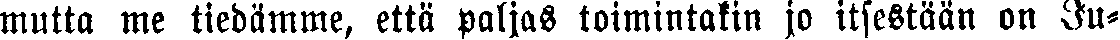
mutta me tiedämme, että paljas toimintakin jo itsestään on Ju-